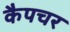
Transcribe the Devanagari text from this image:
कैपचर